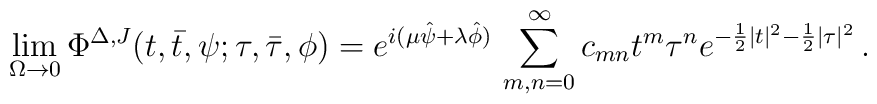
\lim_{\Omega\to 0}\Phi^{\Delta,J}(t,\bar t,\psi; \tau, \bar\tau, \phi) =e^{i(\mu\hat\psi + \lambda  \hat\phi)}\, \sum_{m,n=0}^\infty c_{mn} t^m \tau^n e^{-\frac{1}{2}|t|^2-\frac{1}{2}|\tau|^2}\,.